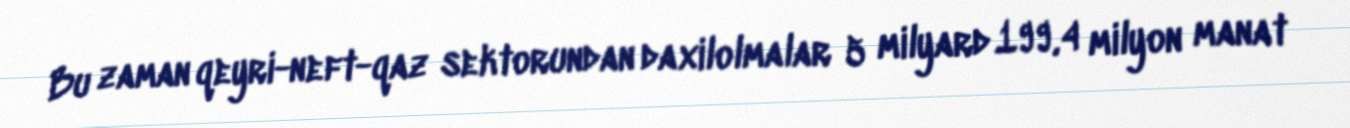
Bu zaman qeyri-neft-qaz sektorundan daxilolmalar 5 milyard 199,4 milyon manat